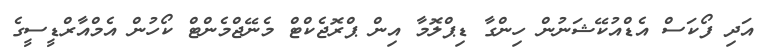
އަދި ފޯކަސް އެޑްއުކޭޝަނުން ހިންގާ ޑިޕްލޮމާ އިން ޕްރޮޖެކްޓް މެނޭޖްމެންޓް ކޯހުން އެމްއާރްޑީސީގެ